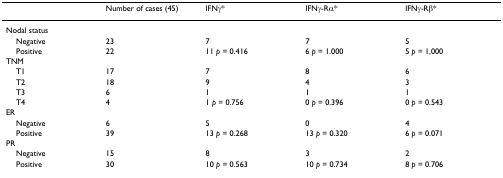
|  | Number of cases (45) | IFNγ* | IFNγ-Rα* | IFNγ-Rβ* |
 | --- | --- | --- | --- | --- |
 | Nodal status |  |  |  |  |
 | Negative | 23 | 7 | 7 | 5 |
 | Positive | 22 | 11 p = 0.416 | 6 p = 1.000 | 5 p = 1,000 |
 | TNM |  |  |  |  |
 | T1 | 17 | 7 | 8 | 6 |
 | T2 | 18 | 9 | 4 | 3 |
 | T3 | 6 | 1 | 1 | 1 |
 | T4 | 4 | 1 p = 0.756 | 0 p = 0.396 | 0 p = 0.543 |
 | ER |  |  |  |  |
 | Negative | 6 | 5 | 0 | 4 |
 | Positive | 39 | 13 p = 0.268 | 13 p = 0.320 | 6 p = 0.071 |
 | PR |  |  |  |  |
 | Negative | 15 | 8 | 3 | 2 |
 | Positive | 30 | 10 p = 0.563 | 10 p = 0.734 | 8 p = 0.706 |